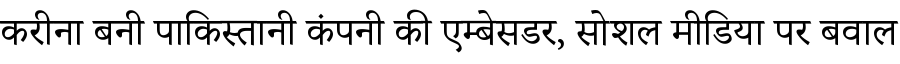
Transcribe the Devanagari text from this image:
करीना बनी पाकिस्तानी कंपनी की एम्बेसडर, सोशल मीडिया पर बवाल